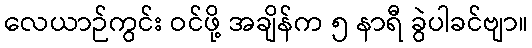
လေယာဉ်ကွင်း ဝင်ဖို့ အချိန်က ၅ နာရီ ခွဲပါခင်ဗျာ။